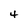
Character: 4